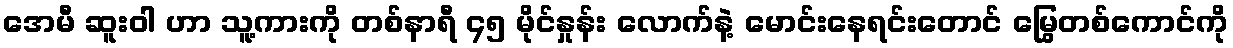
အေမီ ဆူးဝါ ဟာ သူ့ကားကို တစ်နာရီ ၄၅ မိုင်နှုန်း လောက်နဲ့ မောင်းနေရင်းတောင် မြွေတစ်ကောင်ကို